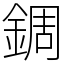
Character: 錭